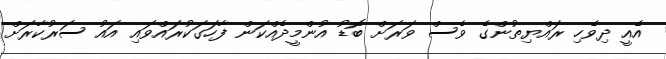
އެއީ ދިވެހި ރައްޔިތުންގެ ވެސް ވަރަށް ބޮޑު އުންމީދެއްކަން ފާހަގަކުރައްވައި އައު ސަރުކާރަށް